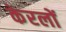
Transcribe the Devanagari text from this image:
केरलों